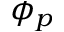
\phi _ { p }